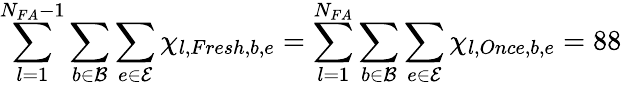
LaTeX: \sum_{l=1}^{N_{FA}-1}\sum_{b\in\mathcal{B}}\sum_{e\in\mathcal{E}}\chi_{l,Fresh,b,e}=\sum_{l=1}^{N_{FA}}\sum_{b\in\mathcal{B}}\sum_{e\in\mathcal{E}}\chi_{l,Once,b,e}=88